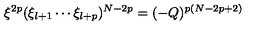
\xi ^ { 2 p } ( \xi _ { l + 1 } \cdots \xi _ { l + p } ) ^ { N - 2 p } = ( - Q ) ^ { p ( N - 2 p + 2 ) }